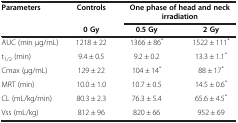
| <ROWSPAN=2> Parameters | Controls | <COLSPAN=2> One phase of head and neck irradiation |
 | 0 Gy | 0.5 Gy | 2 Gy |
 | --- | --- | --- | --- |
 | AUC (min μg/mL) | 1218 ± 22 | 1366 ± 86* | 1522 ± 111* |
 | t1/2 (min) | 9.4 ± 0.5 | 9.2 ± 0.2 | 13.3 ± 1.1* |
 | Cmax (μg/mL) | 129 ± 22 | 104 ± 14* | 88 ± 17* |
 | MRT (min) | 10.0 ± 1.0 | 10.7 ± 0.5 | 14.5 ± 0.6* |
 | CL (mL/kg/min) | 80.3 ± 2.3 | 76.3 ± 5.4 | 65.6 ± 4.5* |
 | Vss (mL/kg) | 812 ± 96 | 820 ± 66 | 952 ± 69 |